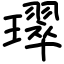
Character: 璻